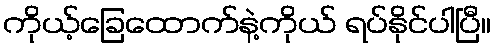
ကိုယ့်ခြေထောက်နဲ့ကိုယ် ရပ်နိုင်ပါပြီ။